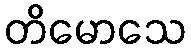
တိမောသေ